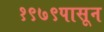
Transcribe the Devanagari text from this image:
१९७९पासून